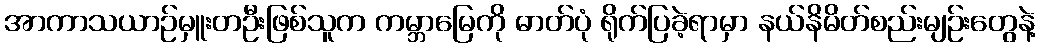
အာကာသယာဉ်မှူးတဦးဖြစ်သူက ကမ္ဘာမြေကို ဓာတ်ပုံ ရိုက်ပြခဲ့ရာမှာ နယ်နိမိတ်စည်းမျဉ်းတွေနဲ့